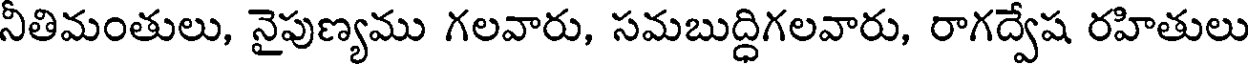
నీతిమంతులు, నైపుణ్యము గలవారు, సమబుద్ధిగలవారు, రాగద్వేష రహితులు